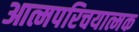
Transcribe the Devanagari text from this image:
आत्मपरिचयात्मक